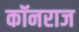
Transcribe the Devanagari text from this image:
कॉनराज